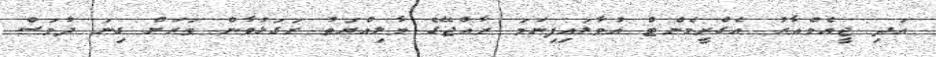
އަދި ޖީއެމްއާރު އެގްރީމެންޓް އުވާލައިފިނަމަ ރާއްޖޭގެ މާލިއްޔަތު ރަގަޅުވާން ވަރަށް ގިނަ ދުވަސް